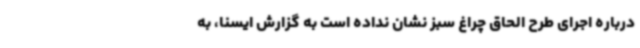
درباره اجرای طرح الحاق چراغ سبز نشان نداده است به گزارش ایسنا،‌ به